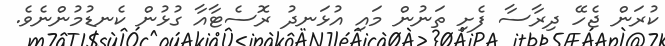
ކުރަން ޖެހޭ ދިރާސާ ފެށި ތަނުން މައި އުޅަނދު ރޮސެޓާއާ ގުޅުން ކެނޑުމުންނެވެ.